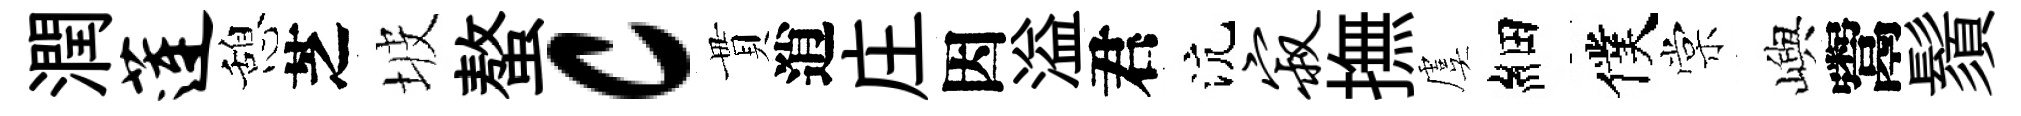
潤莲憩芝坡螯c貫逍庄因溢君沆寂撫虞細僕棠嶼鬻鬚